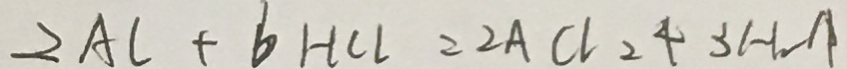
2 A l + 6 H C l = 2 A C l _ { 2 } 4 3 H _ { 2 } A